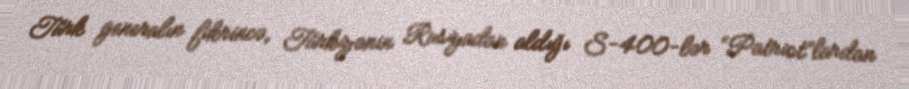
Türk generalın fikrincə, Türkiyənin Rusiyadan aldığı S-400-lər “Patriot”lardan